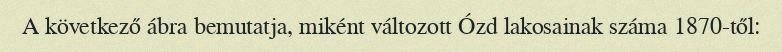
A következő ábra bemutatja, miként változott Ózd lakosainak száma 1870-től: